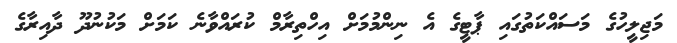
މަޖިލީހުގެ މަސައްކަތުގައި ޕާޓީގެ އެ ނިންމުމަށް އިހްތިރާމް ކުރައްވާނެ ކަމަށް މަކުނުދޫ ދާއިރާގެ